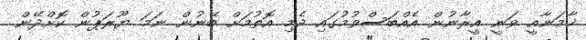
ޚާމަނާއީ ވަނީ އީރާނުން އެއްބަސްވުމުގައި ދެމި އޮތުމަށް ބޭނުން ނަމަ ޔޫރަޕުން ކޮށްދޭން